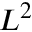
L ^ { 2 }